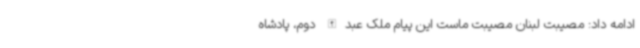
ادامه داد: مصیبت لبنان مصیبت ماست این پیام ملک عبدالله دوم، پادشاه